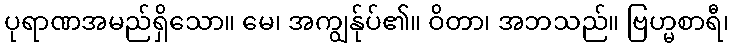
ပုရာဏအမည်ရှိသော။ မေ၊ အကျွန်ုပ်၏။ ဝိတာ၊ အဘသည်။ ဗြဟ္မစာရီ၊